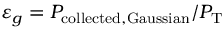
\varepsilon _ { g } = P _ { \mathrm { c o l l e c t e d , G a u s s i a n } } / P _ { \mathrm { T } }